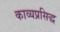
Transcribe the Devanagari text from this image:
काव्यप्रसिद्ध